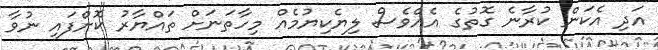
އަދި އެކަން ކުރާނެ ގޮތުގެ އެއްވެސް ލިޔެކިޔުމެއް މިހާތަނަށް ތައްޔާރު ކޮށްފައި ނުވާ